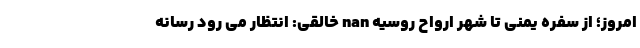
امروز؛ از سفره یمنی تا شهر ارواح روسیه nan خالقی: انتظار می رود رسانه